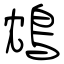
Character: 鴆